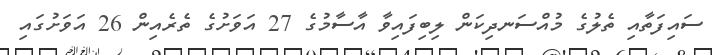
ސައިފަތާއި ތެލުގެ މުއްސަނދިކަން ލިބިފައިވާ އާސާމުގެ 27 އަވަށުގެ ތެރެއިން 26 އަވަށުގައި